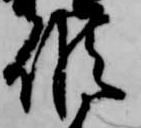
候